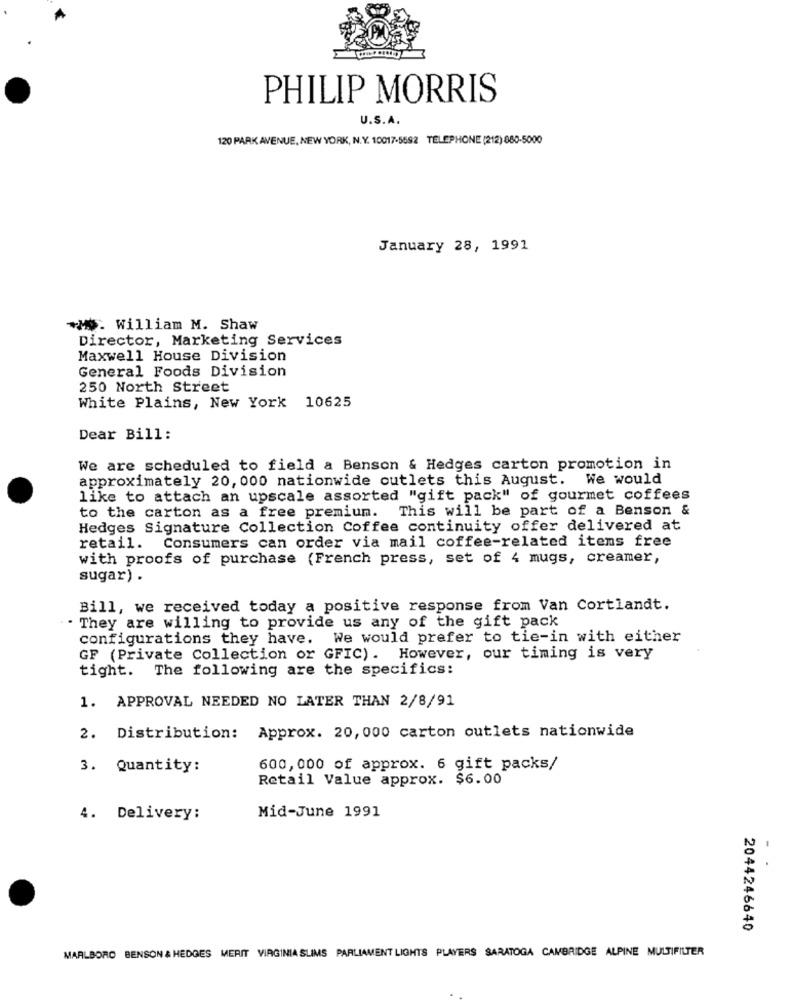
PHILIP MORRIS
U.S.A.
120 PARK AVENUE, NEW YORK, N. Y. 10017-5592 TELEPHONE (212) 880-5000
January 28, 1991
*. William M. Shaw
Director, Marketing Services
Maxwell House Division
General Foods Division
250 North Street
White Plains, New York 10625
Dear Bill:
We are scheduled to field a Benson & Hedges carton promotion in
approximately 20, 000 nationwide outlets this August. We would
like to attach an upscale assorted "gift pack" of gourmet coffees
to the carton as a free premium. This will be part of a Benson &
Hedges Signature Collection Coffee continuity offer delivered at
Consumers can order via mail coffee-related items free
retail.
with proofs of purchase (French press, set of 4 mugs, creamer,
sugar) .
Bill, we received today a positive response from Van Cortlandt.
. They are willing to provide us any of the gift pack
configurations they have. We would prefer to tie-in with either
GF (Private Collection or GFIC). However, our timing is very
tight. The following are the specifics:
1. APPROVAL NEEDED NO LATER THAN 2/8/91
2. Distribution: Approx. 20, 000 carton outlets nationwide
3. Quantity:
600,000 of approx. 6 gift packs/
Retail Value approx. $6.00
Mid-June 1991
4. Delivery:
2044246640
MARLBORO BENSON & HEDGES MERIT VIRGINIA SLIMS PARLIAMENT LIGHTS PLAYERS SARATOGA CAMBRIDGE ALPINE MULTIFILTER